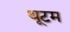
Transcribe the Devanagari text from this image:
थूटम